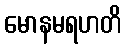
မောနမရဟတိ